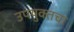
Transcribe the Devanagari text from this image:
उपयुक्तचा